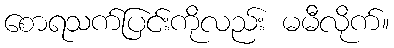
စောရသက်ပြင်းကိုလည်း မမီလိုက်။